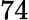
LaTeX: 74